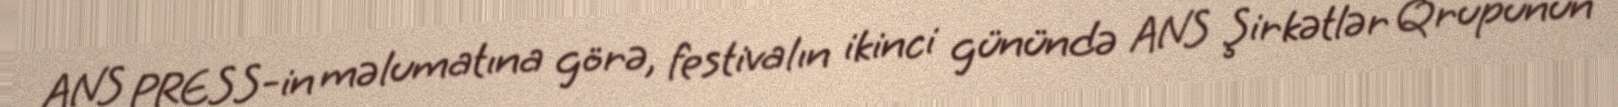
ANS PRESS-in məlumatına görə, festivalın ikinci günündə ANS Şirkətlər Qrupunun